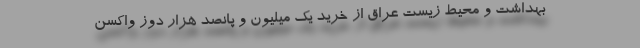
بهداشت و محیط زیست عراق از خرید یک میلیون و پانصد هزار دوز واکسن